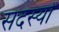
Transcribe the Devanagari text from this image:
सदस्याें